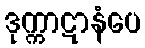
ဒုက္ကာဋာနံပေ